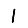
Digit: 1